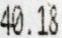
40.18